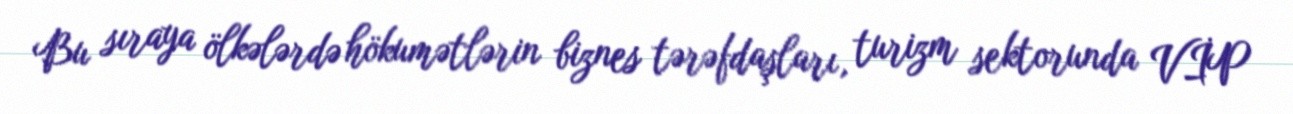
Bu sıraya ölkələrdə hökumətlərin biznes tərəfdaşları, turizm sektorunda VİP